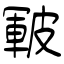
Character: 皸